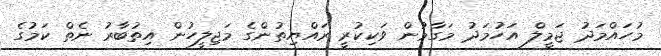
މުހައްމަދު ޖަމީލް އަހުމަދު މަގާމުން ވަކިކުރީ ރައްޔިތުންގެ މަޖިލީހުން އިތުބާރު ނެތް ކަމުގެ